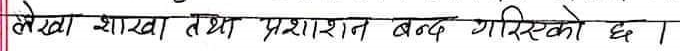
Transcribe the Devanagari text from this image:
लेखा शाखा तथा प्रशासन बन्द गरिएको छ।